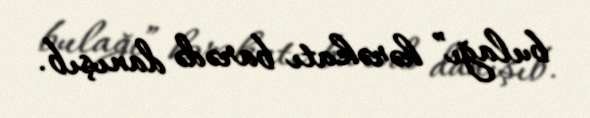
bulağı” hərəkatı barədə danışıb.